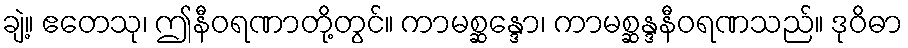
ချဲ့။ ဧတေသု၊ ဤနီဝရဏာတို့တွင်။ ကာမစ္ဆန္ဒော၊ ကာမစ္ဆန္ဒနီဝရဏသည်။ ဒုဝိဓာ